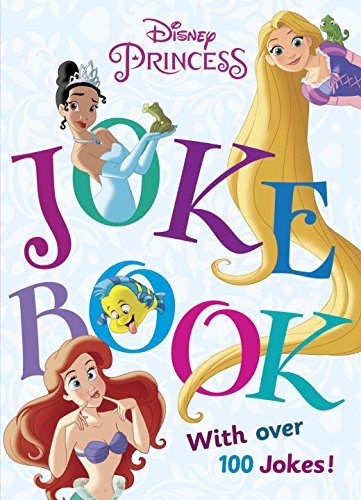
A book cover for Disney Princess Joke Book (Disney Princess) (A Stepping Stone Book(TM)); Courtney Carbone; Children's Books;